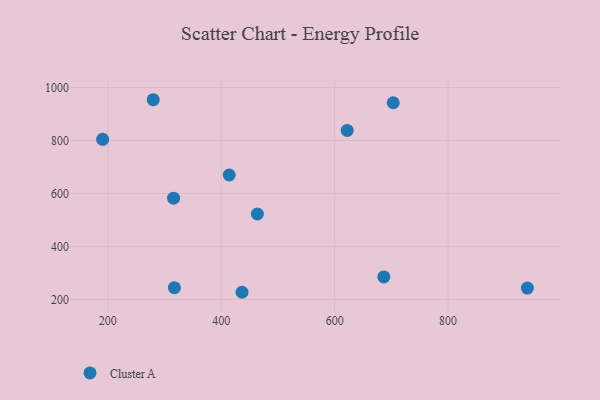
{"axis": {"x": "Study Hours", "y": "Yield"}, "legend": ["Cluster A"], "data": [{"x": "622.1", "y": 838.2, "type": "Cluster A"}, {"x": "414.1", "y": 669.9, "type": "Cluster A"}, {"x": "436.7", "y": 227.3, "type": "Cluster A"}, {"x": "316.0", "y": 582.4, "type": "Cluster A"}, {"x": "280.1", "y": 953.9, "type": "Cluster A"}, {"x": "317.5", "y": 244.7, "type": "Cluster A"}, {"x": "463.8", "y": 522.6, "type": "Cluster A"}, {"x": "939.8", "y": 243.2, "type": "Cluster A"}, {"x": "686.7", "y": 285.3, "type": "Cluster A"}, {"x": "703.3", "y": 942.4, "type": "Cluster A"}, {"x": "190.9", "y": 804.3, "type": "Cluster A"}]}